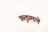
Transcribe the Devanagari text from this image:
ऋतुप्रमाणे